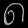
Digit: ၈